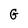
Character: G